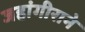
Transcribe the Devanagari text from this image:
जहांगीराने